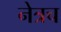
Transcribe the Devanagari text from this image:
नेत्रच